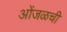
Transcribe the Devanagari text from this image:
ओंजळची